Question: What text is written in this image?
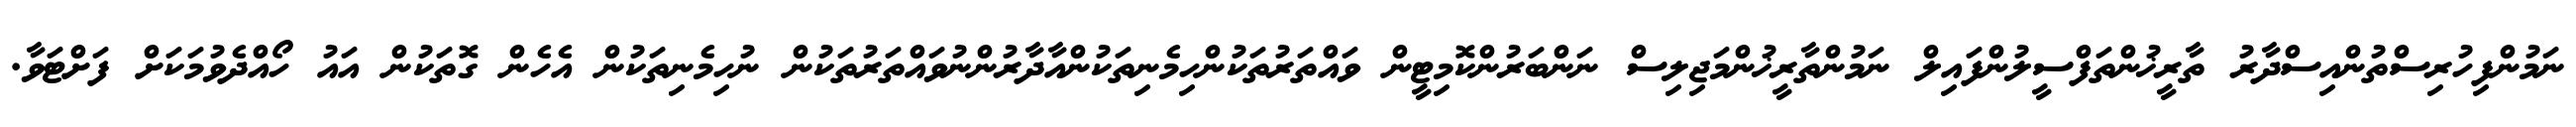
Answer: ނަމުންފިހުރިސްތުންއިސްދާރު ތާރީޚުންތަފްސީލުންފައިލް ނަމުންތާރީޚުންމަޖިލިސް ނަންބަރުންކޮމިޓީން ވައްތަރުތަކުންހިމެނިތަކުންއާދާރުންނުވައްތަރުތަކުން ނުހިމެނިތަކުން އެހެން ގޮތަކުން އައު ހޯއްދެވުމަކަށް ފަށްޓަވާ.